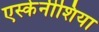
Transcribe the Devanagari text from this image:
एस्केनीशिया